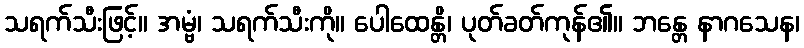
သရက်သီးဖြင့်။ အမ္ဗံ၊ သရက်သီးကို။ ပေါထေန္တိ၊ ပုတ်ခတ်ကုန်၏။ ဘန္တေ နာဂသေန၊